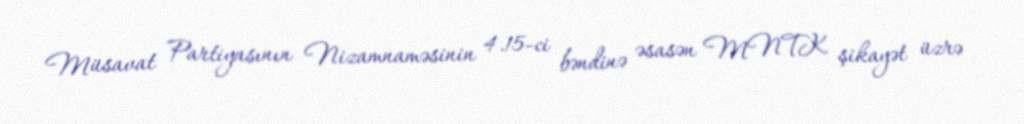
Müsavat Partiyasının Nizamnaməsinin 4.15-ci bəndinə əsasən MNTK şikayət üzrə